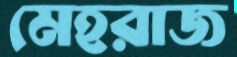
মেহরাজ